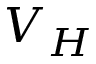
V _ { H }